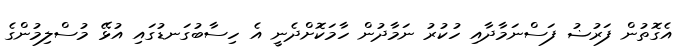
އެގޮތުން ފަރުޟު ފަސްނަމާދާއި ހުކުރު ނަމާދުން ހާމަކޮށްދެނީ އެ ހިސާބުގަނޑުގައި އުޅޭ މުސްލިމުންގެ